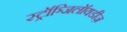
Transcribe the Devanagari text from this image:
स्ट्रॉञ्जिलॉयडीज़